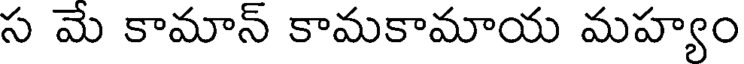
స మే కామాన్ కామకామాయ మహ్యం